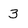
Character: 3